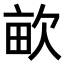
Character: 𣢿